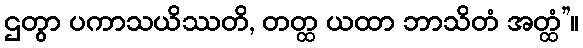
ဌတွာ ပကာသယိဿတိ, တတ္ထ ယထာ ဘာသိတံ အတ္ထံ”။